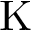
\mathrm { K }